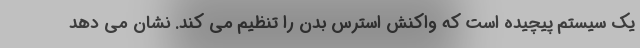
یک سیستم پیچیده است که واکنش استرس بدن را تنظیم می کند. نشان می دهد